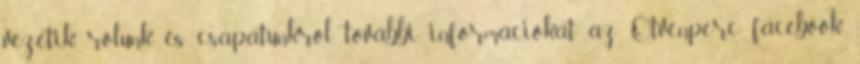
vezetik, rólunk és csapatunkról további információkat az Ötvenperc facebook